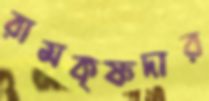
রামকৃষ্ণদার